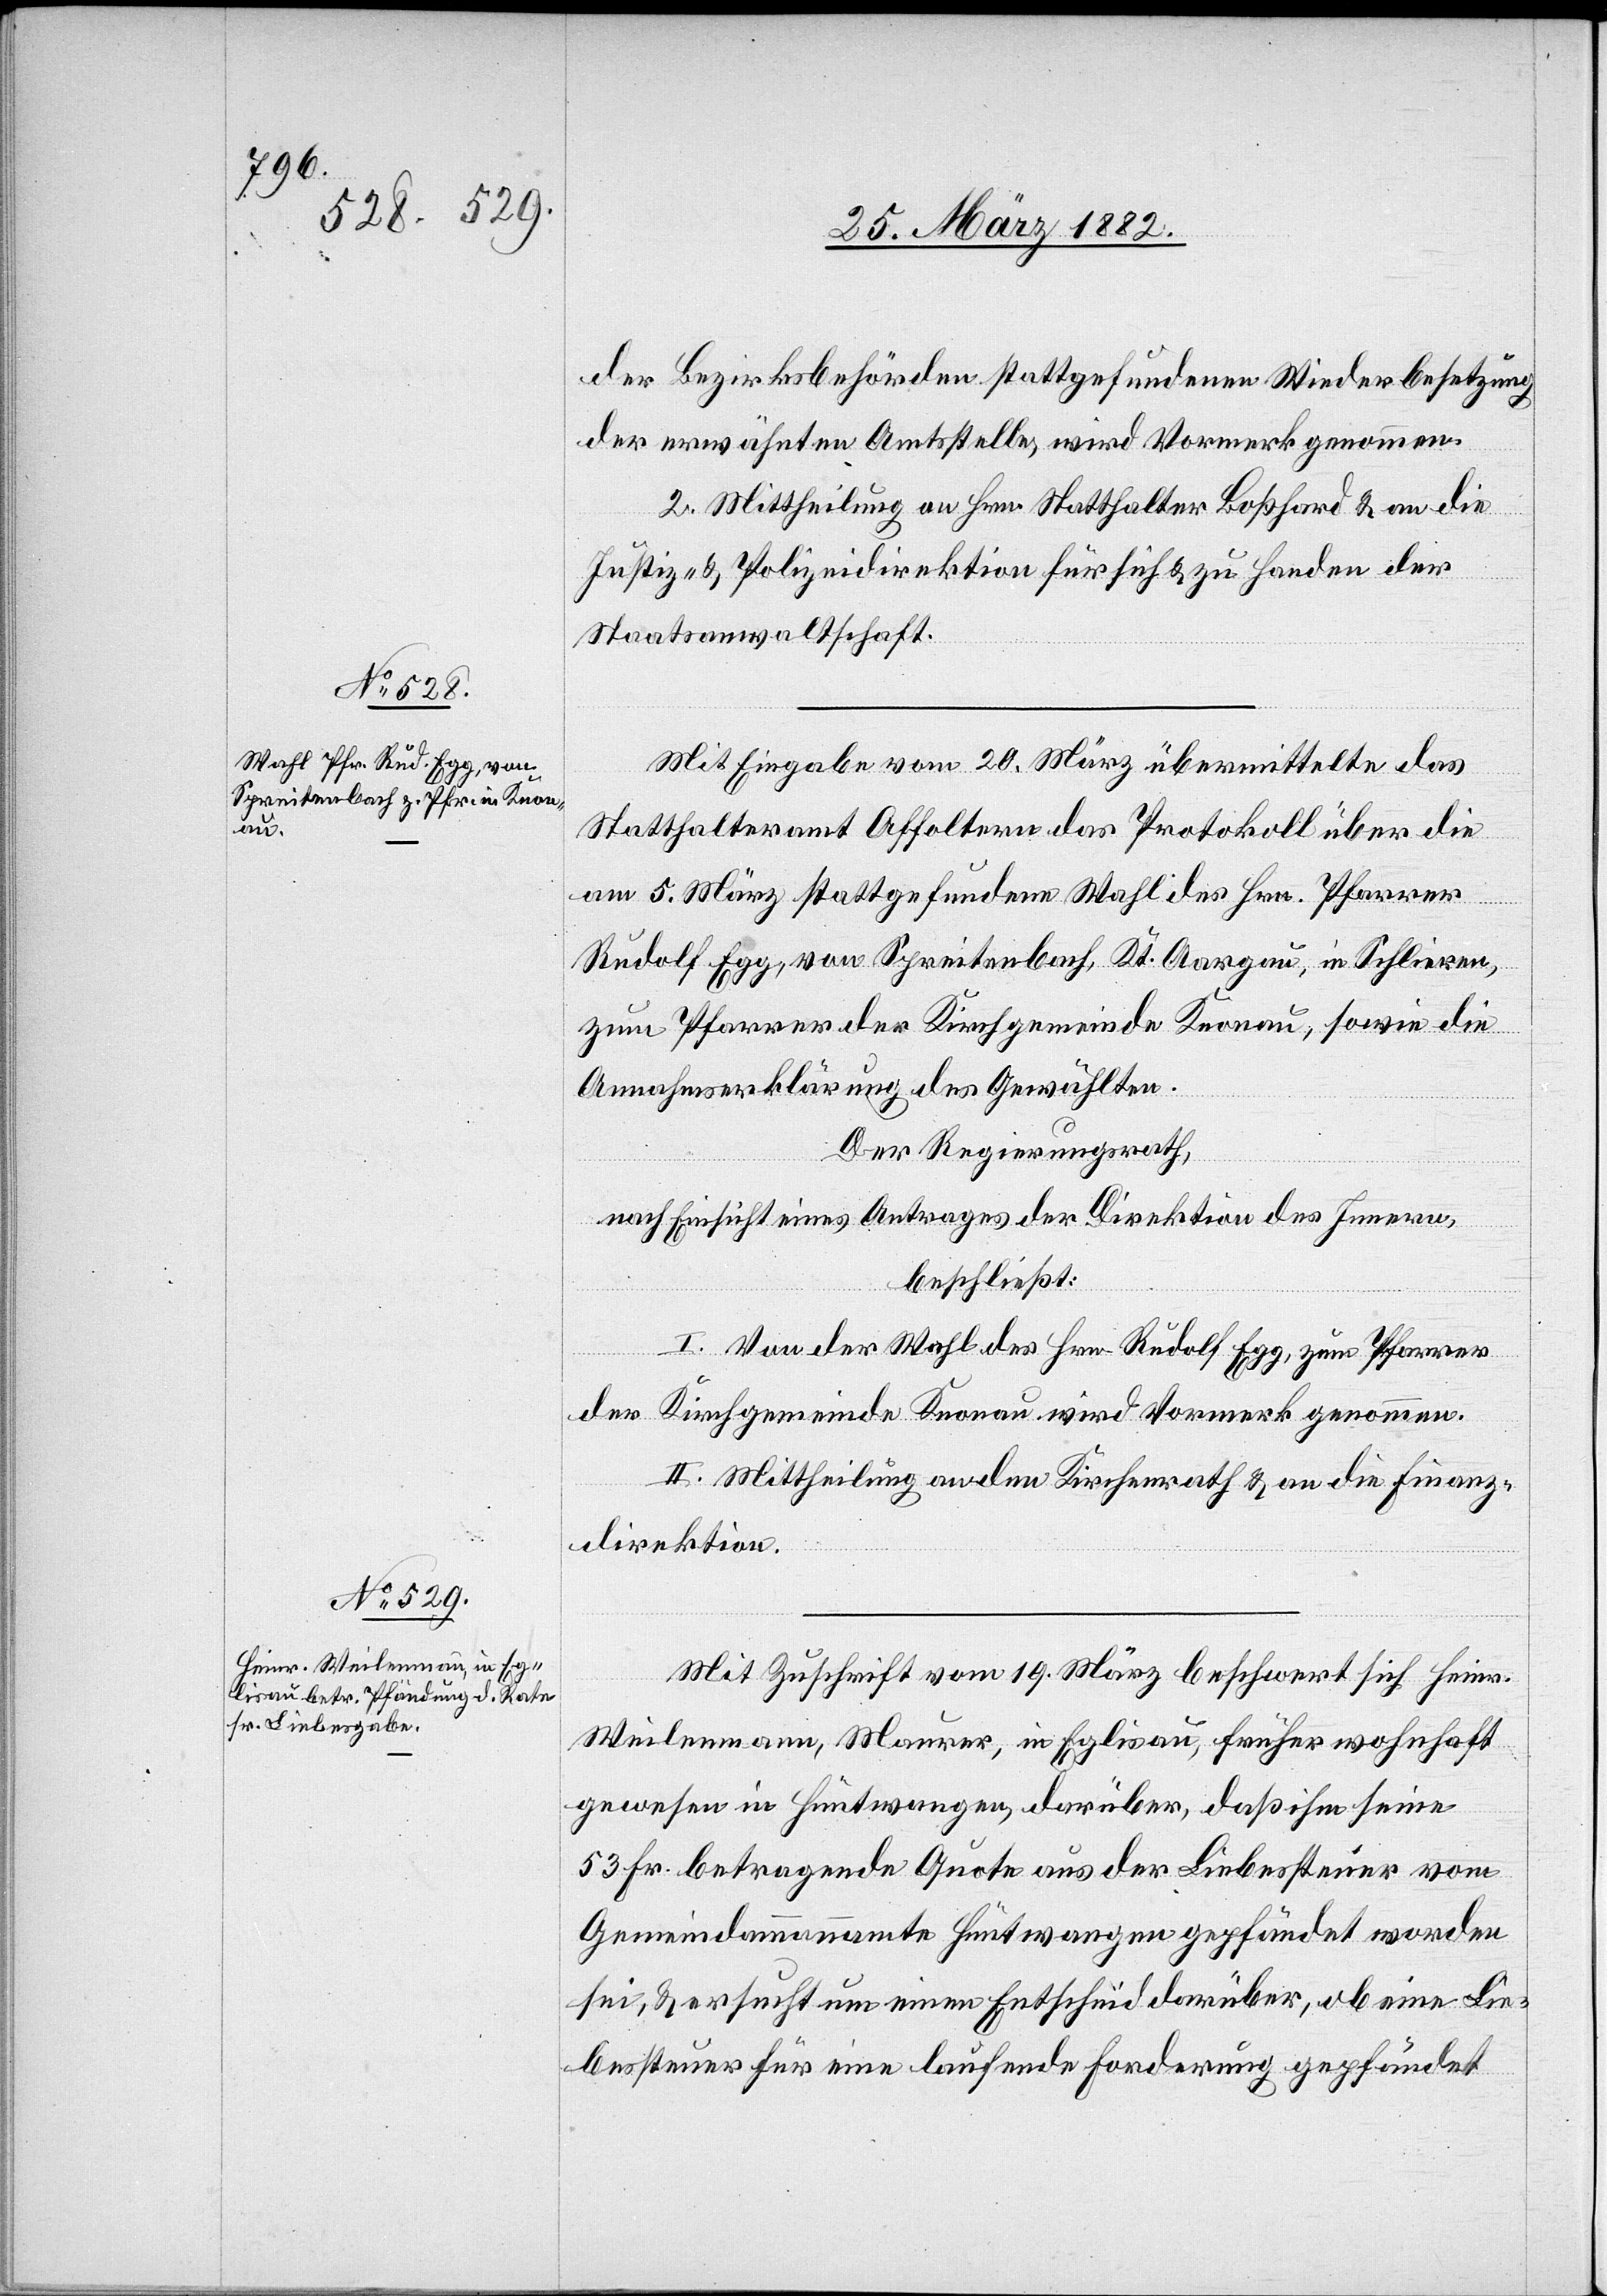
der Bezirksbehörden stattgefundenen Wiederbesetzung
der erwähnten Amtsstelle, wird Vormerk genommen.
2. Mittheilung an Hrn. Statthalter Boßhard & an die
Justiz- & Polizeidirektion für sich & zu Handen der
Staatsanwaltschaft.
Mit Eingabe vom 20. März übermittelte das
Statthalteramt Affoltern das Protokoll über die
am 5. März stattgefundene Wahl des Hrn. Pfarrer
Rudolf Egg, von Spreitenbach, Kt. Aargau, in Schlieren,
zum Pfarrer der Kirchgemeinde Knonau, sowie die
Annahmserklärung des Gewählten.
Der Regierungsrath,
nach Einsicht eines Antrages der Direktion des Innern,
beschließt:
I. Von der Wahl des Hrn. Rudolf Egg, zum Pfarrer
der Kirchgemeinde Knonau wird Vormerk genommen.
II. Mittheilung an den Kirchenrath & an die Finanz¬
direktion.
Mit Zuschrift vom 19. März beschwert sich Heinr.
Weilenmann, Maurer, in Eglisau, früher wohnhaft
gewesen in Hüntwangen, darüber, daß ihm seine
53 Fr. betragende Quote aus der Liebessteuer vom
Gemeindammannamte Hüntwangen gepfändet worden
sei, & ersucht um einen Entscheid darüber, ob eine Lie¬
bessteuer für eine laufende Forderung gepfändet